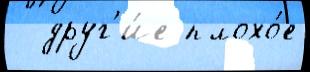
  друг'и́е плохо́е